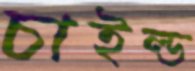
চাইল্ড